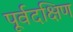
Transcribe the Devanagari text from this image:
पूर्वदक्षिण